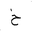
Letter: _kha